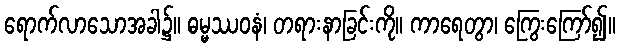
ရောက်လာသောအခါ၌။ ဓမ္မဿဝနံ၊ တရားနာခြင်းကို။ ကာရေတွာ၊ ကြွေးကြော်၍။